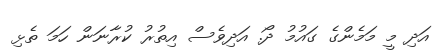
އަދި މީ މަމެންގެ ގައުމު ދޯ. އަދިވެސް އިތުރު ކުރާނަން ހަމަ ތެޅި